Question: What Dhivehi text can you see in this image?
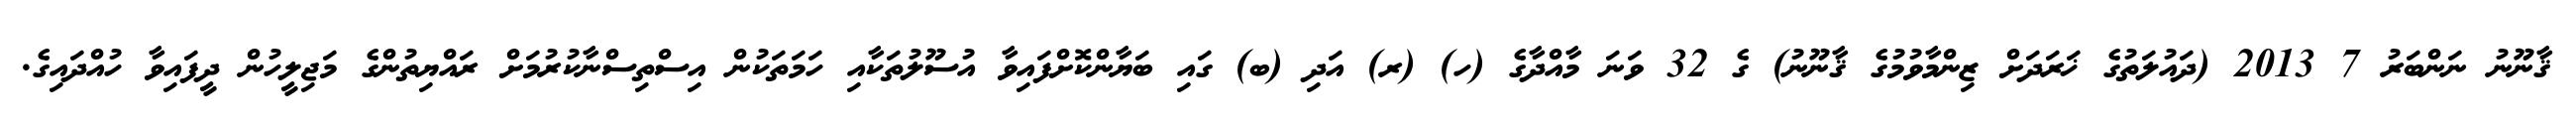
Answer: ޤާނޫނު ނަންބަރު 7 2013 (ދައުލަތުގެ ޚަރަދަށް ޒިންމާވުމުގެ ޤާނޫނު) ގެ 32 ވަނަ މާއްދާގެ (ހ) (ރ) އަދި (ބ) ގައި ބަޔާންކޮށްފައިވާ އުސޫލުތަކާއި ހަމަތަކުން އިސްތިސްނާކުރުމަށް ރައްޔިތުންގެ މަޖިލީހުން ދީފައިވާ ހުއްދައިގެ.